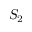
S _ { 2 }